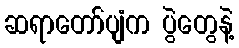
ဆရာတော်ပျံက ပွဲတွေနဲ့